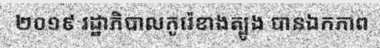
២០១៩ រដ្ឋាភិបាលកូរ៉េខាងត្បូង បានឯកភាព